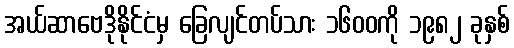
အယ်ဆာဗေဒိုနိုင်ငံမှ ခြေလျင်တပ်သား ၁၆၀၀ကို ၁၉၈၂ ခုနှစ်